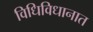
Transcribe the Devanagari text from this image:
विधिविधानात